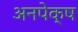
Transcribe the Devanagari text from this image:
अनपेक्ष